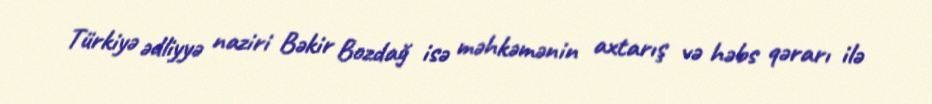
Türkiyə ədliyyə naziri Bəkir Bozdağ isə məhkəmənin axtarış və həbs qərarı ilə